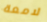
لامعة